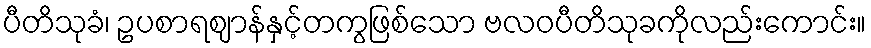
ပီတိသုခံ၊ ဥပစာရဈာန်နှင့်တကွဖြစ်သော ဗလဝပီတိသုခကိုလည်းကောင်း။